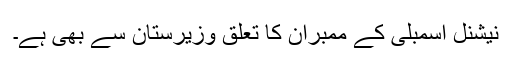
نیشنل اسمبلی کے ممبران کا تعلق وزیرستان سے بھی ہے۔